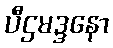
ပီဌမဒ္ဒနော